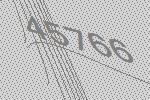
45766